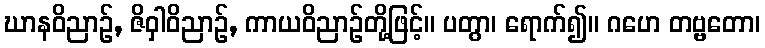
ဃာနဝိညာဉ်, ဇိဝှါဝိညာဉ်, ကာယဝိညာဉ်တို့ဖြင့်။ ပတွာ၊ ရောက်၍။ ဂဟေ တဗ္ဗတော၊